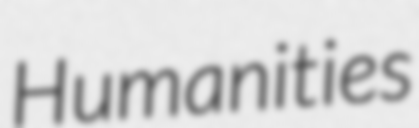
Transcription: Humanities